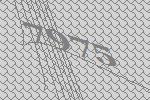
7975